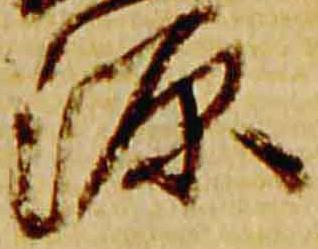
源